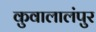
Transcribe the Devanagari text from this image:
कुवालालंपुर